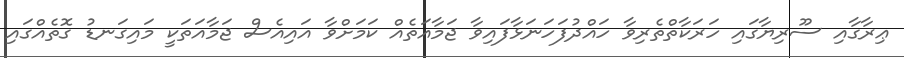
ޢިރާގާއި ސޫރިޔާގައި ހަރަކާތްތެރިވާ ހައްދުފަހަނަޅާފައިވާ ޖަމާއަތެއް ކަމަށްވާ އައިއެސް ޖަމާއަތަކީ މައިގަނޑު ގޮތެއްގައި